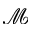
\mathcal { M }